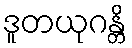
ဒူတယုဂန္တိ